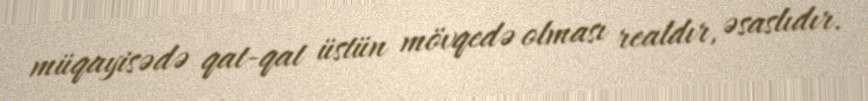
müqayisədə qat-qat üstün mövqedə olması realdır, əsaslıdır.